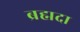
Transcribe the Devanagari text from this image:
ब्रह्मदा